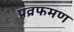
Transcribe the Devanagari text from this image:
प्रव्रफमण